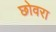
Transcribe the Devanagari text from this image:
छोवरा